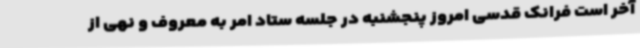
آخر است فرانک قدسی امروز پنجشنبه در جلسه ستاد امر به معروف و نهی از